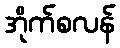
အိုက်စလန်